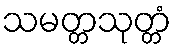
သမတ္တသုတ္တံ